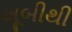
ખૂબીથી